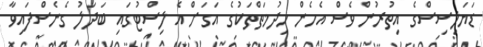
ޑަޔަލިސިސްގެ އިތުރުން ވެސް އެހެން ހިދުމަތްތަކުގެ އަގަށް އެ ލިސްޓުގައި ބަދަލު ގެނެސްފައިވާ